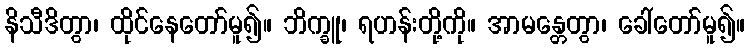
နိသီဒိတွာ၊ ထိုင်နေတော်မူ၍။ ဘိက္ခူ၊ ရဟန်းတို့ကို။ အာမန္တေတွာ၊ ခေါ်တော်မူ၍။